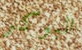
البوكر